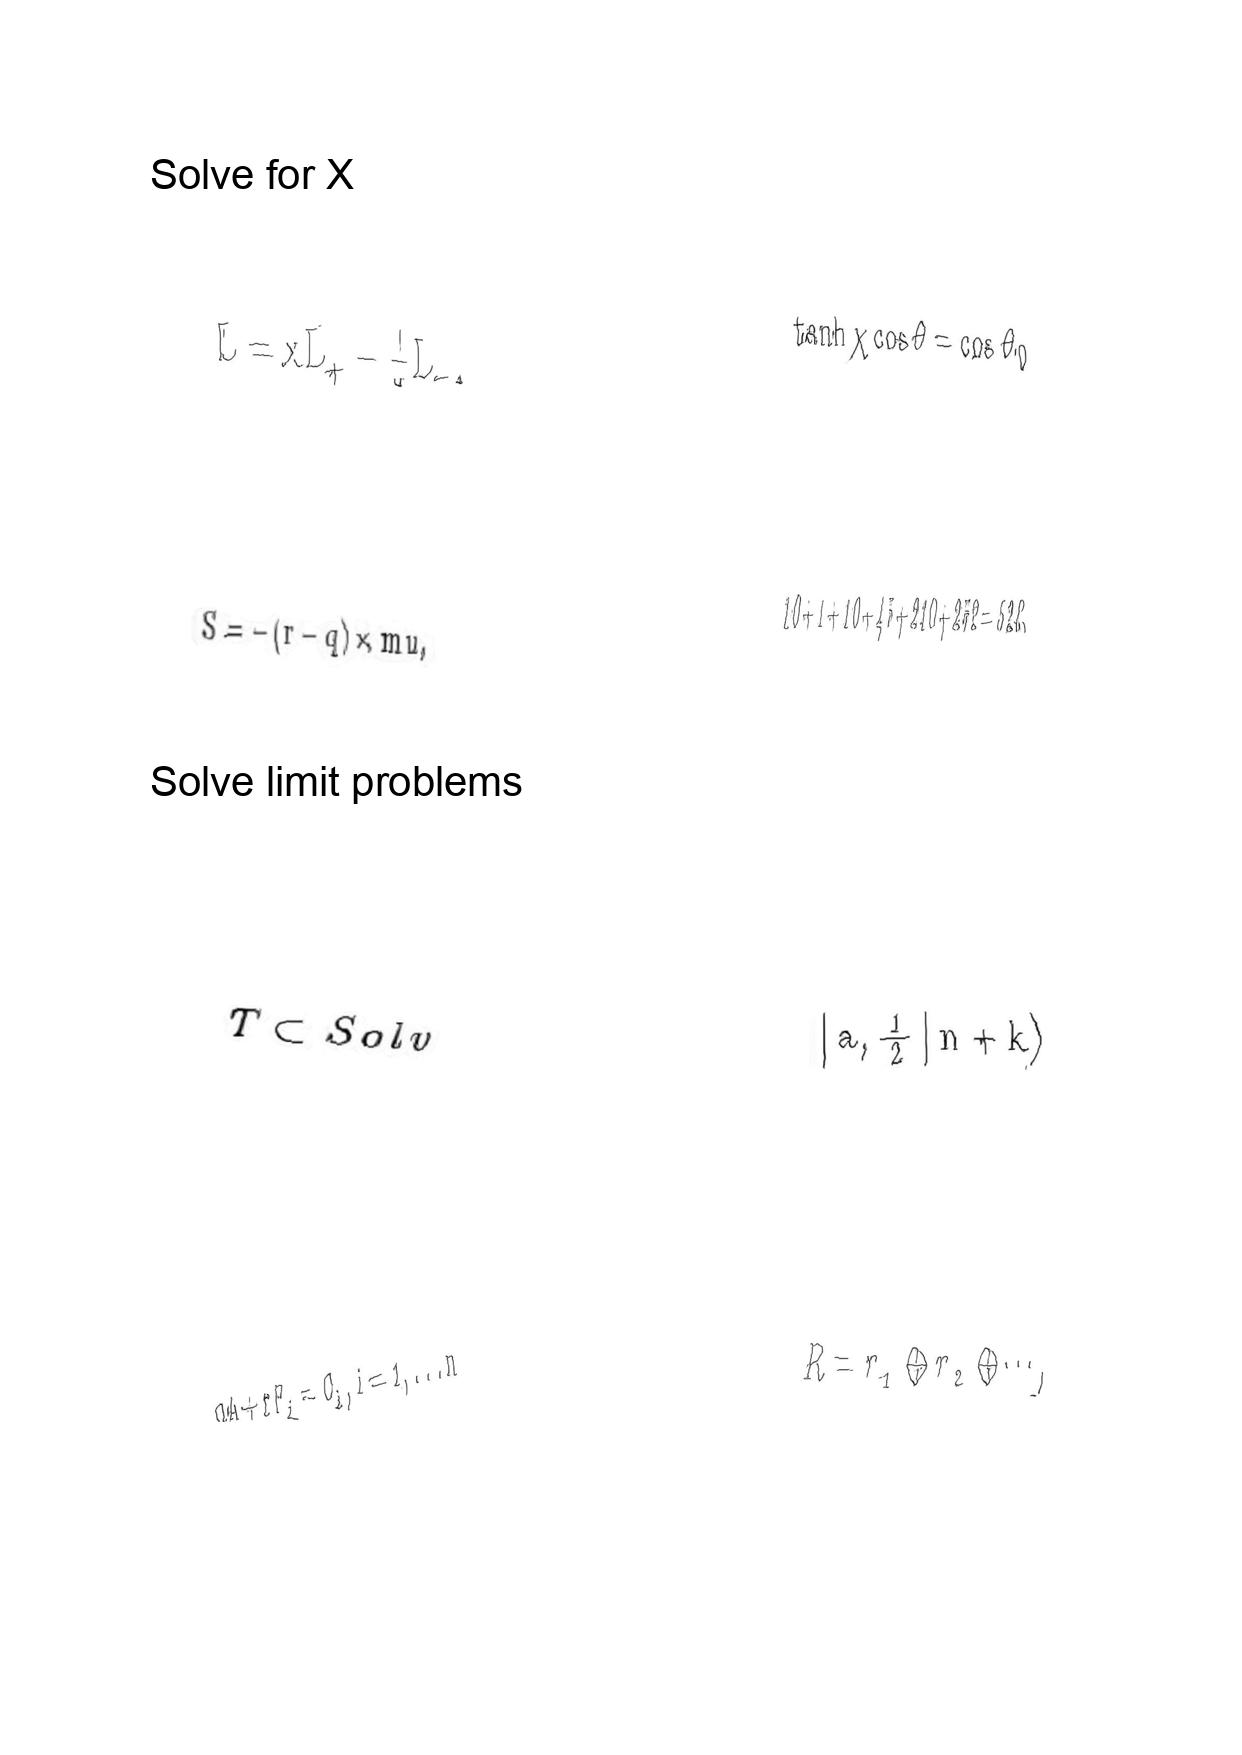
LaTeX transcription:
L = x L _ { + } - \frac { 1 } { x } L _ { - } ,
S = - \lparen r - q \rparen \times m u ,
T \subset S o l v
q A + r F _ { i } = C _ { i } , i = 1 , . . . n
\tanh \chi \cos \theta = \cos \theta _ { 0 }
1 0 + 1 + 1 0 + 4 5 + 2 1 0 + 2 5 2 = 5 2 8 .
\vert  a , \frac { 1 } { 2 } \vert n + k \rangle
R = r _ { 1 } \oplus r _ { 2 } \oplus \@cdots ,